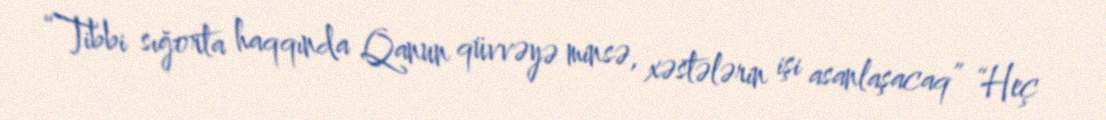
“Tibbi sığorta haqqında Qanun qüvvəyə minsə, xəstələrin işi asanlaşacaq” “Heç